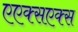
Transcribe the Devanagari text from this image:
एएक्सएक्स